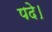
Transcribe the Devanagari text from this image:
पदे।